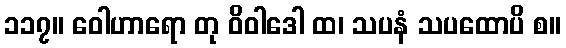
၁၁၇။ ဝေါဟာရော တု ဝိဝါဒေါ ထ၊ သပနံ သပထောပိ စ။